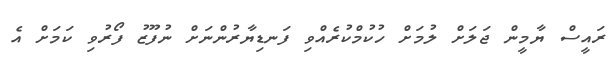
ރައީސް ޔާމީން ޖަލަަށް ލުމަށް ހުކުމްކުރެއްވި ފަނޑިޔާރުންނަށް ނުފޫޒު ފޯރުވި ކަމަށް އެ